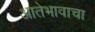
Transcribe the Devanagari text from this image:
आतेभावाचा